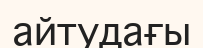
айтудағы